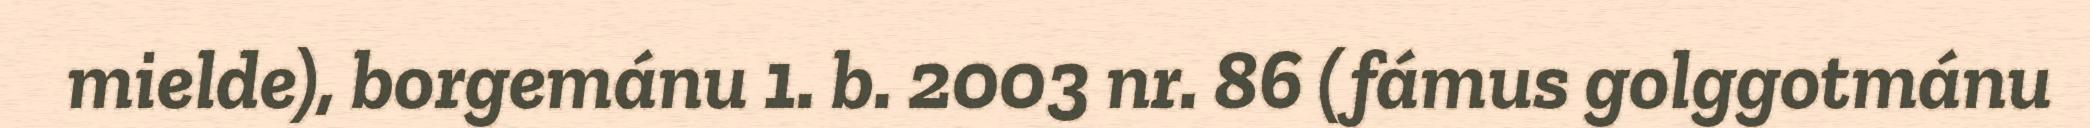
mielde), borgemánu 1. b. 2003 nr. 86 (fámus golggotmánu